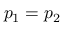
p _ { 1 } = p _ { 2 }